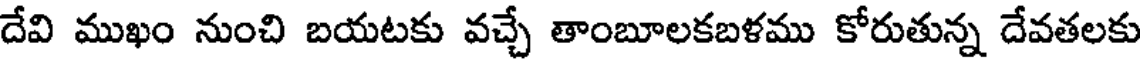
దేవి ముఖం నుంచి బయటకు వచ్చే తాంబూలకబళము కోరుతున్న దేవతలకు